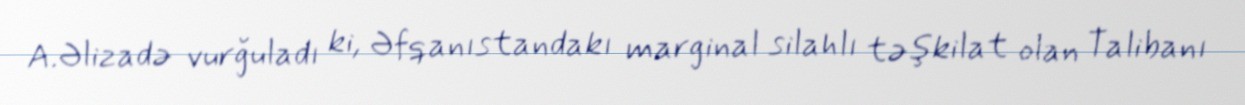
A.Əlizadə vurğuladı ki, Əfqanıstandakı marginal silahlı təşkilat olan Talibanı